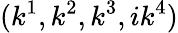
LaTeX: (k^{1},k^{2},k^{3},ik^{4})